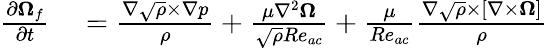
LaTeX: \begin{array}{rl}{\frac{\partial\boldsymbol{\Omega}_{f}}{\partial t}}&{{}=\frac{\nabla\sqrt{\rho}\times\nabla p}{\rho}+\frac{\mu\nabla^{2}\boldsymbol{\Omega}}{\sqrt{\rho}Re_{ac}}+\frac{\mu}{Re_{ac}}\frac{\nabla\sqrt{\rho}\times[\nabla\times\boldsymbol{\Omega}]}{\rho}}\end{array}